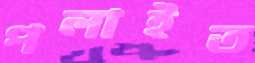
পলাইত